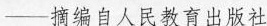
——摘编自人民教育出版社